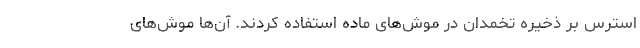
استرس بر ذخیره تخمدان در موش‌های ماده استفاده کردند. آن‌ها موش‌های